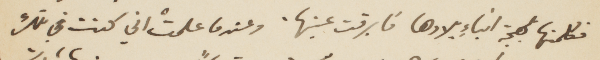
فكلمنها لهجة أبناء بلادها فأبرقت عينها. وعندما علمت اني كنت في تلك